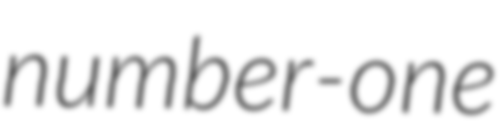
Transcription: number-one